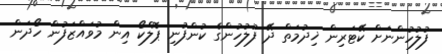
ފުލުހުންނަށް ކޭޓަރިން ޚިދުމަތް ދޭ ފުލުހުންގެ ކުންފުނި ޕޮލްކޯ އިން މުވައްޒަފުން ހޯދަން